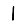
Digit: 1